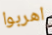
اهربوا